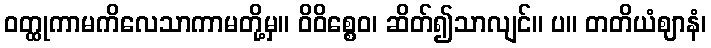
ဝတ္ထုကာမကိလေသာကာမတို့မှ။ ဝိဝိစ္စေဝ၊ ဆိတ်၍သာလျင်။ ပ။ တတိယံဈာနံ၊